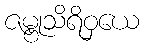
ဇမ္ဗုသိရိဝှယေ